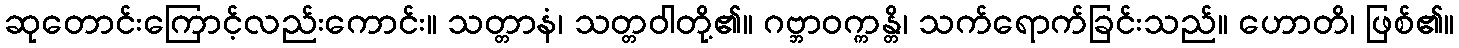
ဆုတောင်းကြောင့်လည်းကောင်း။ သတ္တာနံ၊ သတ္တဝါတို့၏။ ဂဗ္ဘာဝက္ကန္တိ၊ သက်ရောက်ခြင်းသည်။ ဟောတိ၊ ဖြစ်၏။